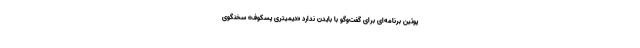
پوتین برنامه‌ای برای گفت‌وگو با بایدن ندارد «دیمیتری پسکوف» سخنگوی